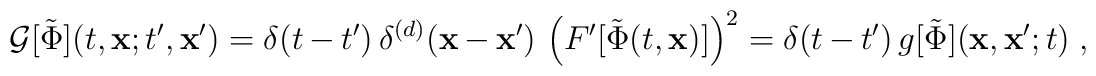
{\cal G} [ \tilde{\Phi} ] (t,{\bf x};t^{\prime},{\bf x}^{\prime})=\delta (t-t^{\prime}) \, \delta^{(d)} ({\bf x}-{\bf x}^{\prime})\,\left( F^{\prime}[\tilde{\Phi} (t,{\bf x})] \right)^{2}= \delta (t-t^{\prime}) \,  g [\tilde{\Phi} ]  ({\bf x}, {\bf x}^{\prime}; t)\;  ,